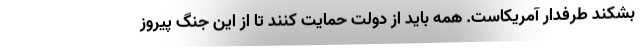
بشکند طرفدار آمریکاست. همه باید از دولت حمایت کنند تا از این جنگ پیروز